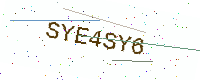
Text: SYE4SY6